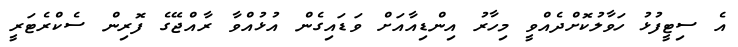
އެ ސިޓީފުޅު ހަވާލުކޮށްދެއްވީ މިހާރު އިންޑިއާއަށް ވަޑައިގެން އުޅުއްވާ ރާއްޖޭގެ ފޮރިން ސެކްރެޓަރީ